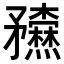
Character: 𥎢